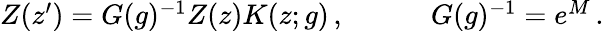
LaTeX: \begin{array}{cc}{{Z(z^{\prime})=G(g)^{-1}Z(z)K(z;g)\, ,~~~~}}&{{~~~~G(g)^{-1}=e^{M}\, .}}\end{array}